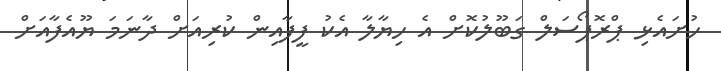
ހުށައެޅި ޕްރޮޕޯސަލް ގަބޫލުކޮށް އެ ހިޔާލާ އެކު ފީފާއިން ކުރިއަށް ދާނަމަ ޔޫއެފާއަށް